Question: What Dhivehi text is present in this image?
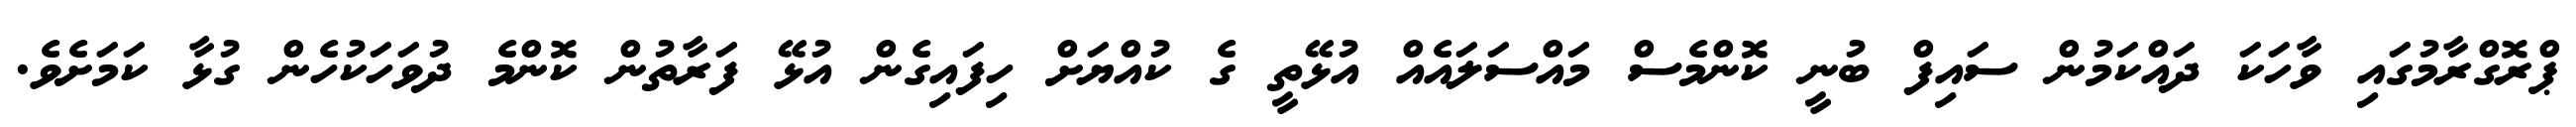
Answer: ޕްރޮގްރާމުގައި ވާހަކަ ދައްކަމުން ސައިފް ބުނީ ކޮންމެސް މައްސަލައެއް އުޅޭތީ ގެ ކުއްޔަށް ހިފައިގެން އުޅޭ ފަރާތުން ކޮންމެ ދުވަހަކުހެން ގުޅާ ކަމަށެވެ.